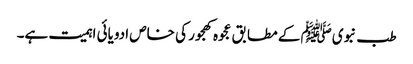
طب نبویﷺ کے مطابق عجوہ کھجور کی خاص ادویائی اہمیت ہے۔